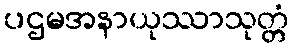
ပဌမအနာယုဿာသုတ္တံ